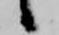
候